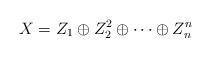
\begin{align*}X=Z_1\oplus Z_2^2\oplus\cdots\oplus Z_n^n\end{align*}